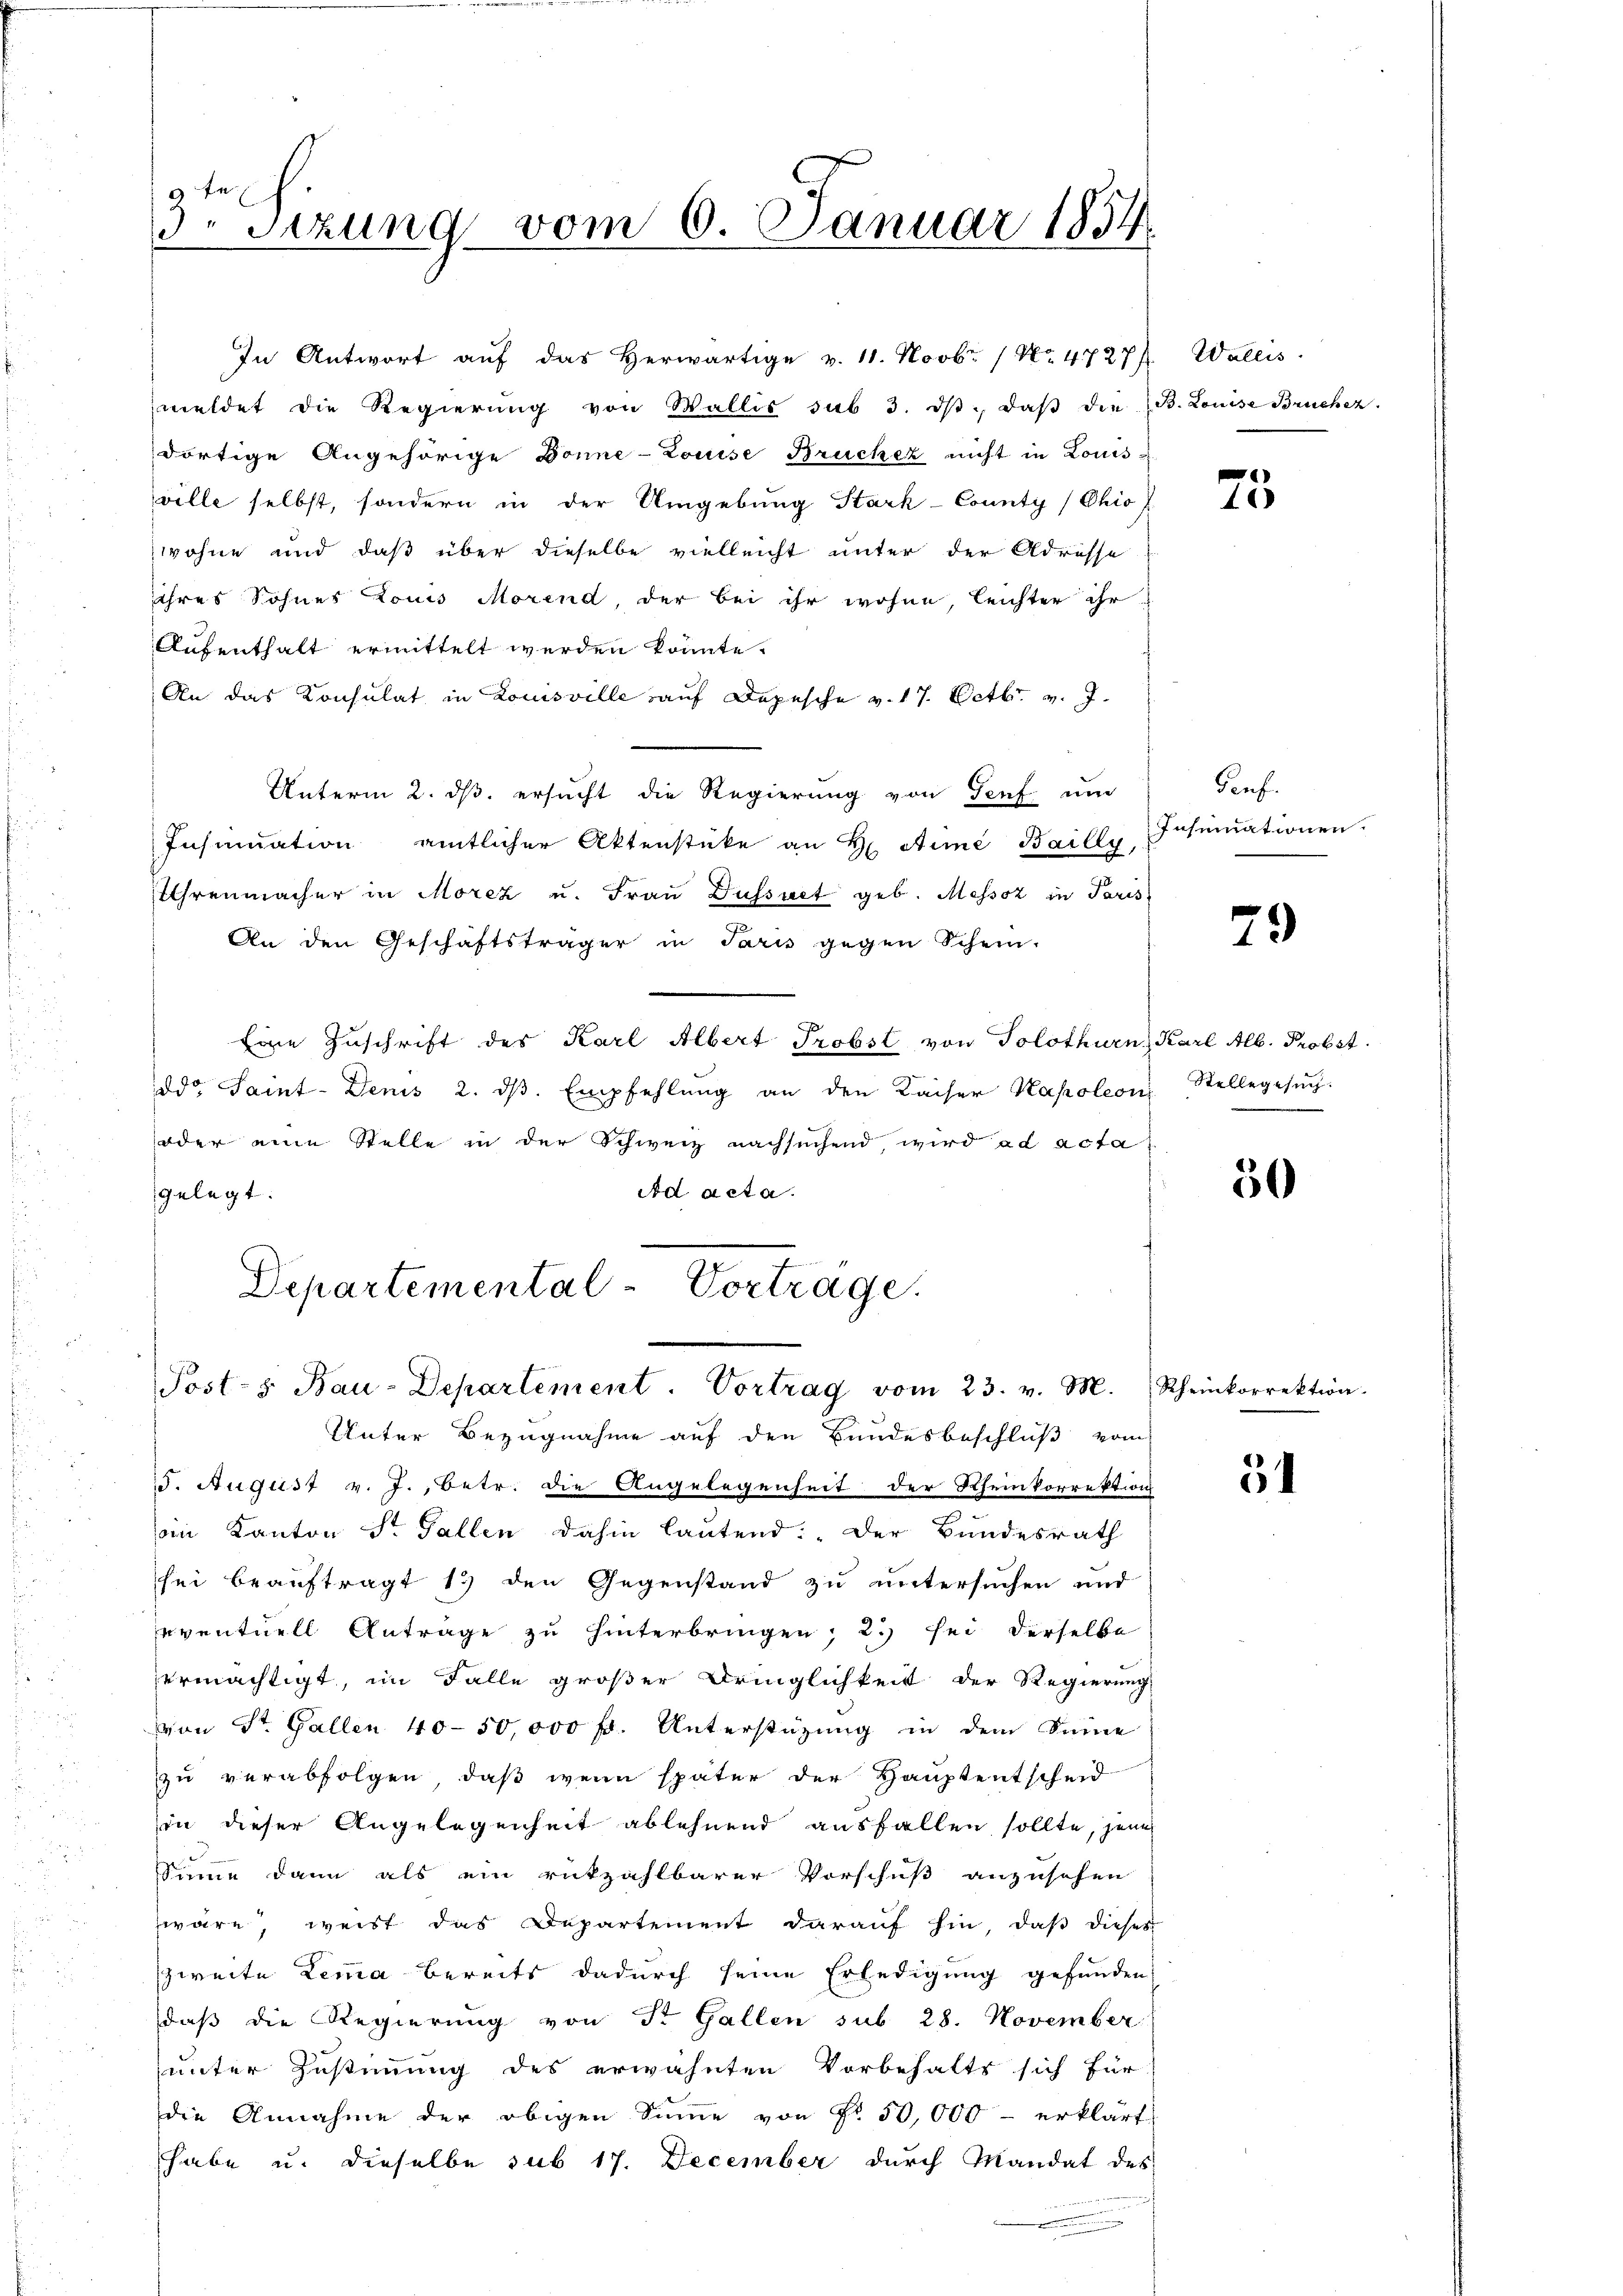
9f
d. Sizung vom 6. Januar 1834.

In Antwort aŭf das herwärtige v. 11. Novbr. / Nr. 4727) Wallis.
meldet die Regierŭng von Wallis sub 3. dβ. daβ die B. Louise Brücher.
dortige Angehörige Donne-Louise Brücher nicht in Louis-
ville selbst, sondern in der Umgebung Stark-County/Chio
wohne und daß über dieselbe vielleicht unter der Adresse
ihres Sohnes Louis Morend, der bei ihr wohne, leichter ihr
Aufenthalt ermittelt werden könnte.
An das Konsulat in Louisville auf Depesche v. 17. Octbr. v. J.
Unterm 2. ds. ersucht die Regierung von Genf und
Insinuation amtlicher Aktenstücke an H. Anna Bailly Insumationen.
Uhrenmacher in Morez u. Frau Düssuet geb. Messoz in Paris
An den Geschäftsträger in Paris gegen Schein.
Eine Zuschrift des Karl Albert Probst von Solothurn, Karl Alb. Probst
ddo Saint-Denis 2. dβ. Empfehlŭng an den Kaiser Kapoleon Stellegesŭch.
oder eine Stelle in der Schweiz nachsuchend, wird ad acta
gelegt.
Ad acta.
Departemental-Vorträge.

Post- s. Bau-Departement. Vortrag vom 23. v. M. Rheinkorrektion.

Unter Bezugnahme auf den Bundesbeschluß vom
15. August v. J., betr. die Angelegenheit der Rheinkorrektion
in Kanton St. Gallen dahin lautend: „Der Bundesrath
sei beauftragt 13 den Gegenstand zu untersuchen und
eventuell Anträge zu hinterbringen; 2.) sei derselbe
ermächtigt, im Falle großer Dringlichkeit der Regierung
von St. Gallen 40–50,000 fl. Unterstüzung in dem Sinne
zu verabfolgen, daß wenn später der Hauptentscheid
in dieser Angelegenheit ablehnend ausfallen sollte, jene
Sinne dann als ein rükzahlbarer Vorschuß anzusehen
wäre, weist das Departement darauf hin, daß dieses
zweite Lemma bereits dadurch seine Erledigung gefunden,
daß die Regierung von St. Gallen sub 28. November
unter Zustimmung des erwähnten Vorbehalts sich für
die Annahme der obigen Sinne von Fr. 50,000 - erklärt
habe u. dieselbe sub 17. December durch Mandat des

25

Pens

79

.

50

31